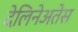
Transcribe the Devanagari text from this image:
देलिनेअतेस